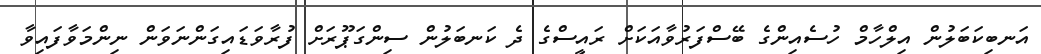
އަނބިކަބަލުން އިލްހާމް ހުސެއިންގެ ބޭސްފަރުވާއަކަށް ރައީސްގެ ދެ ކަނބަލުން ސިންގަޕޫރަށް ފުރާވަޑައިގަންނަވަން ނިންމަވާފައިވާ